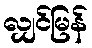
လျှင်မြန်